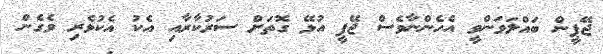
ޖޭޕީން ބައްްލަވަންވީ އެހެންނާވެސް ޖޭޕީ އުޅޭ ގޮތަށް ސަރުކާރާއި އެކު އެކުވެރި ވެގެން